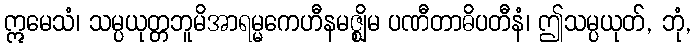
ဣမေသံ၊ သမ္ပယုတ္တဘူမိအာရမ္မကေဟီနမဇ္ဈိမ ပဏီတာဓိပတီနံ၊ ဤသမ္ပယုတ်, ဘုံ,